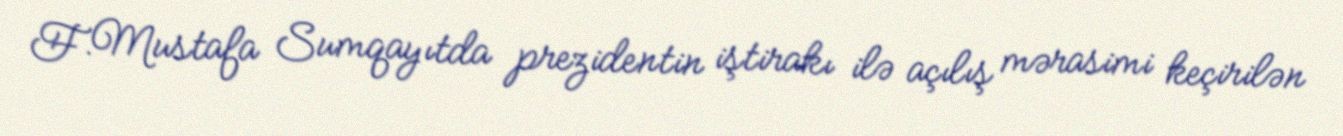
F.Mustafa Sumqayıtda prezidentin iştirakı ilə açılış mərasimi keçirilən